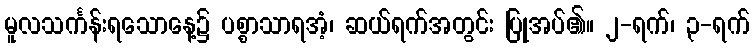
မူလသင်္ကန်းရသောနေ့၌ ပစ္စာသာရအံ့၊ ဆယ်ရက်အတွင်း ပြုအပ်၏။ ၂-ရက်၊ ၃-ရက်